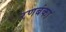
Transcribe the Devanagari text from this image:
रणबंका